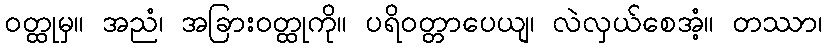
ဝတ္ထုမှ။ အညံ၊ အခြားဝတ္ထုကို။ ပရိဝတ္တာပေယျ၊ လဲလှယ်စေအံ့။ တဿာ၊